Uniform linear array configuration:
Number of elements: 12
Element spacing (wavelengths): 0.25
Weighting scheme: hann
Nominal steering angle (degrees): -30
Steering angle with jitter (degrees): -31.971
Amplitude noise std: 0.05
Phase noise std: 0.05

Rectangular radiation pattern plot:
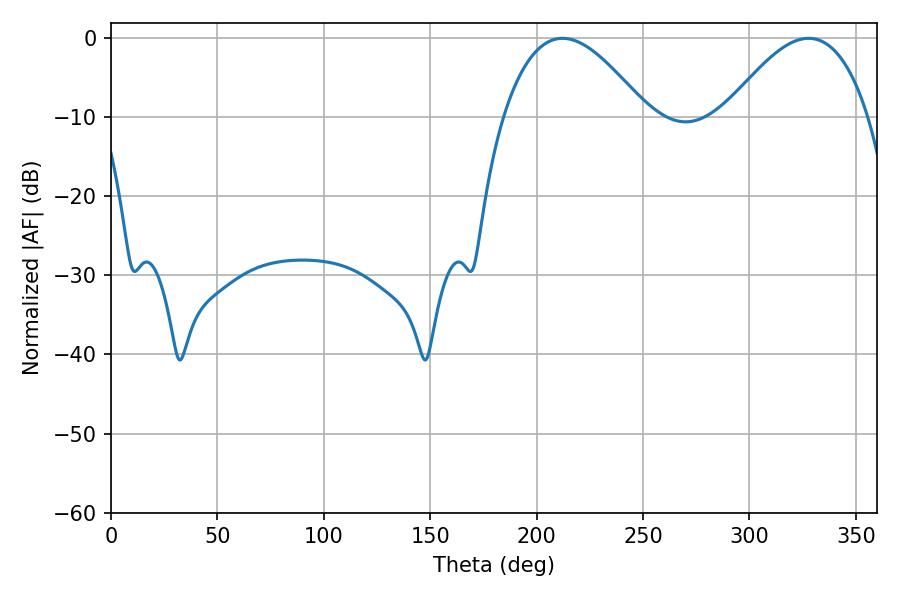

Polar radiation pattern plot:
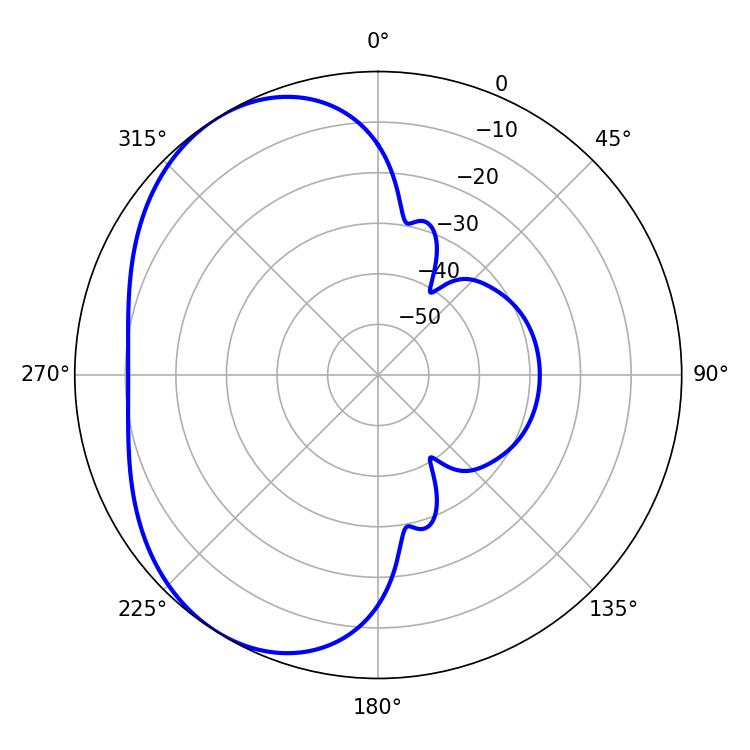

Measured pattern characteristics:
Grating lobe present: FALSE
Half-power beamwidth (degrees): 36.72
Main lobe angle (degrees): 212.22